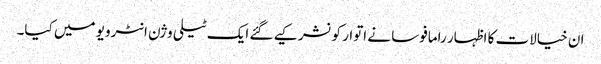
ان خیالات کا اظہار رامافوسا نے اتوار کو نشر کیے گئے ایک ٹیلی وژن انٹرویو میں کیا۔